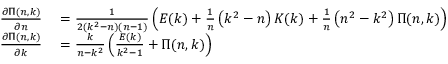
\begin{array} { r l } { { \frac { \partial \Pi ( n , k ) } { \partial n } } } & { { } = { \frac { 1 } { 2 \left( k ^ { 2 } - n \right) ( n - 1 ) } } \left( E ( k ) + { \frac { 1 } { n } } \left( k ^ { 2 } - n \right) K ( k ) + { \frac { 1 } { n } } \left( n ^ { 2 } - k ^ { 2 } \right) \Pi ( n , k ) \right) } \\ { { \frac { \partial \Pi ( n , k ) } { \partial k } } } & { { } = { \frac { k } { n - k ^ { 2 } } } \left( { \frac { E ( k ) } { k ^ { 2 } - 1 } } + \Pi ( n , k ) \right) } \end{array}